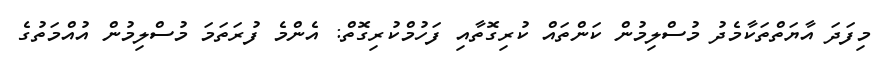
މިފަދަ އާޔަތްތަކާމެދު މުސްލިމުން ކަންތައް ކުރިގޮތާއި ފަހުމްކުރިގޮތް: އެންމެ ފުރަތަމަ މުސްލިމުން އުއްމަތުގެ